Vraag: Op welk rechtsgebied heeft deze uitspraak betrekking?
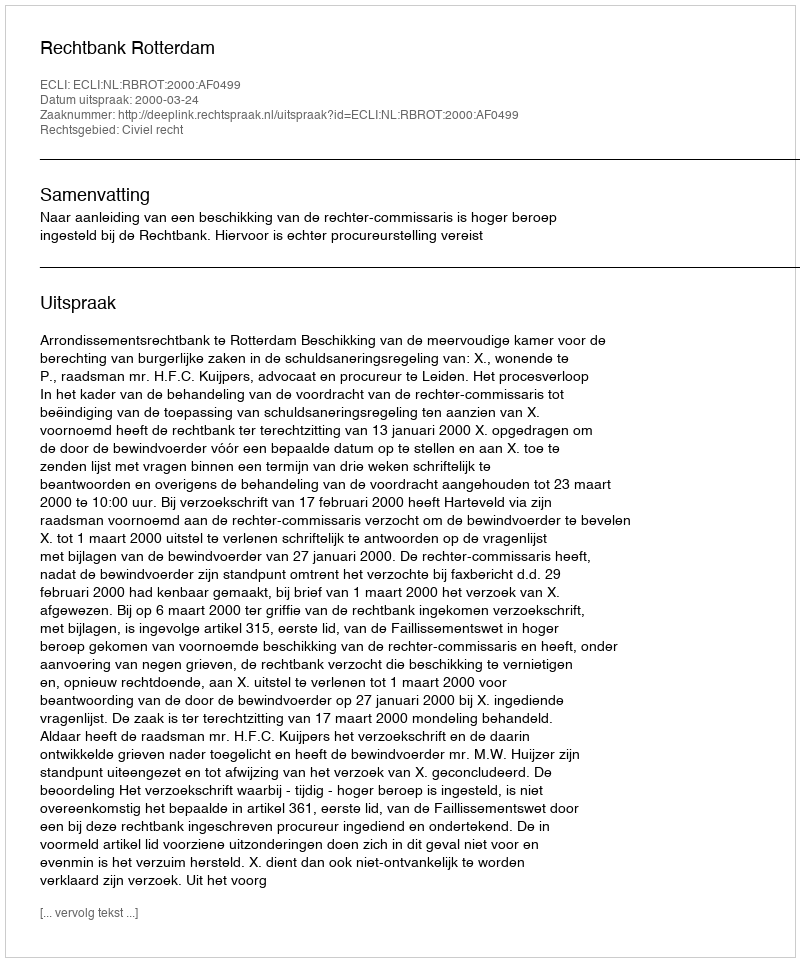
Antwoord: Civiel recht